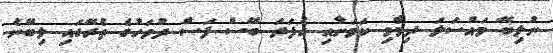
ނުލިބޭ މައްސަލަ ދިމާވި ކަމަށާއި އެފަދަ ބޭސް ފަސް ދުވަހުގެ ތެރޭގައި ލިބޭނެ